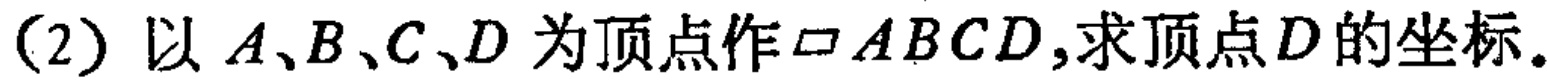
(2) 以 \(A、B、C、D\) 为顶点作 \(\square ABCD\),求顶点 \(D\) 的坐标。